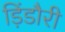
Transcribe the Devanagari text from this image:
ड़िंडौरी